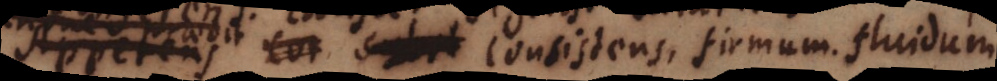
Resistens. Consistens, firmum. fluidum.